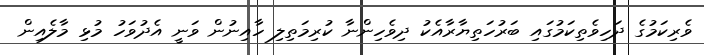
ވެރިކަމުގެ ދަހިވެތިކަމުގައި ބަރުހަތިޔާރާއެކު ދިވެހިންނާ ކުރިމަތިލި ހާއިނުން ވަނީ އެދުވަހު މުޅި މާލެއިން